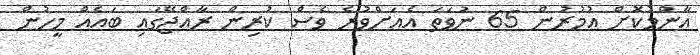
އާންމުކޮށް އުމުރުން 65 ނުވަތަ އެއަށްވުރެ ވެސް ކުރިން ރާއްޖޭގައި ބައެއް މީހުން